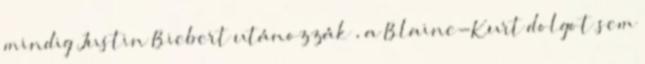
mindig Justin Biebert utánozzák , a Blaine-Kurt dolgot sem